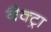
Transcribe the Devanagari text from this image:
बैक्ट्रा